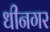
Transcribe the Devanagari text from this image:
धीनगर